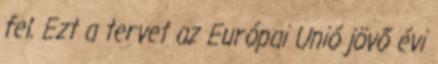
fel. Ezt a tervet az Európai Unió jövő évi